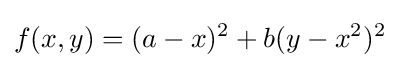
f(x,y)=(a-x)^{2}+b(y-x^{2})^{2}